Report of the Indian Hemp Drugs Commission, 1894-1895 - Volume IV
Year: 1894
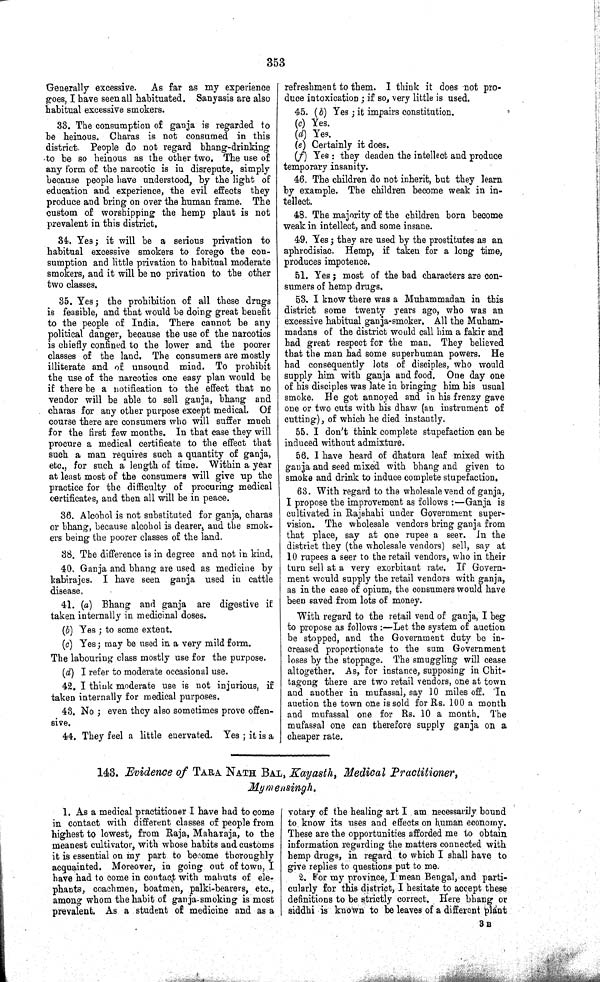
353
Generally excessive. As far as my experience
goes, I have seen all habituated. Sanyasis are also
habitual excessive smokers.
33. The consumption of ganja is regarded to
be heinous. Charas is not consumed in this
district. People do not regard bhang-drinking
to be so heinous as the other two. The use of
any form of the narcotic is in disrepute, simply
because people have understood, by the light of
education and experience, the evil effects they
produce and bring on over the human frame. The
custom of worshipping the hemp plant is not
prevalent in this district.
34. Yes; it will be a serious privation to
habitual excessive smokers to forego the con-
sumption and little privation to habitual moderate
smokers, and it will be no privation to the other
two classes.
35. Yes; the prohibition of all these drugs
is feasible, and that would be doing great benefit
to the people of India. There cannot be any
political danger, because the use of the narcotics
is chiefly confined to the lower and the poorer
classes of the land. The consumers are mostly
illiterate and of unsound mind. To prohibit
the use of the narcotics one easy plan would be
if there be a notification to the effect that no
vendor will be able to sell ganja, bhang and
charas for any other purpose except medical. Of
course there are consumers who will suffer much
for the first few months. In that case they will
procure a medical certificate to the effect that
such a man requires such a quantity of ganja,
etc., for such a length of time. Within a year
at least most of the consumers will give up the
practice for the difficulty of procuring medical
certificates, and then all will be in peace.
36. Alcohol is not substituted for ganja, charas
or bhang, because alcohol is dearer, and the smok-
ers being the poorer classes of the land.
38. The difference is in degree and not in kind.
40. Ganja and bhang are used as medicine by
kabirajes. I have seen ganja used in cattle
disease.
41. (a) Bhang and ganja are digestive if
taken internally in medicinal doses.
(b) Yes; to some extent.
(c) Yes; may be used in a very mild form.
The labouring class mostly use for the purpose.
(d) I refer to moderate occasional use.
42. I think moderate use is not injurious, if
taken internally for medical purposes.
43. No; even they also sometimes prove offen-
sive.
44. They feel a little enervated. Yes; it is a
refreshment to them. I think it does not pro-
duce intoxication; if so, very little is used.
45. (b) Yes; it impairs constitution.
(c) Yes.
(d) Yes.
(e) Certainly it does.
(f) Yes: they deaden the intellect and produce
temporary insanity.
46. The children do not inherit, but they learn
by example. The children become weak in in-
tellect.
48. The majority of the children born become
weak in intellect, and some insane.
49. Yes; they are used by the prostitutes as an
aphrodisiac. Hemp, if taken for a long time,
produces impotence.
51. Yes; most of the bad characters are con-
sumers of hemp drugs.
53. I know there was a Muhammadan in this
district some twenty years ago, who was an
excessive habitual ganja-smoker. All the Muham-
madans of the district would call him a fakir and
had great respect for the man. They believed
that the man had some superhuman powers. He
had consequently lots of disciples, who would
supply him with ganja and food. One day one
of his disciples was late in bringing him his usual
smoke. He got annoyed and in his frenzy gave
one or two cuts with his dhaw (an instrument of
cutting), of which he died instantly.
55. I don't think complete stupefaction can be
induced without admixture.
56. I have heard of dhatura leaf mixed with
ganja and seed mixed with bhang and given to
smoke and drink to induce complete stupefaction.
63. With regard to the wholesale vend of ganja,
I propose the improvement as follows:—Ganja is
cultivated in Rajshahi under Government super-
vision. The wholesale vendors bring ganja from
that place, say at one rupee a seer. In the
district they (the wholesale vendors) sell, say at
10 rupees a seer to the retail vendors, who in their
turn sell at a very exorbitant rate. If Govern-
ment would supply the retail vendors with ganja,
as in the case of opium, the consumers would have
been saved from lots of money.
With regard to the retail vend of ganja, I beg
to propose as follows:—Let the system of auction
be stopped, and the Government duty be in-
creased proportionate to the sum Government
loses by the stoppage. The smuggling will cease
altogether. As, for instance, supposing in Chit-
tagong there are two retail vendors, one at town
and another in mufassal, say 10 miles off.
In
auction the town one is sold for Rs. 100 a month
and mufassal one for Rs. 10 a month. The
mufassal one can therefore supply ganja on a
cheaper rate.
143. Evidence of TARA NATH BAL, Kayasth, Medical Practitioner,
Mymensingh.
1. As a medical practitioner I have had to come
in contact with different classes of people from
highest to lowest, from Raja, Maharaja, to the
meanest cultivator, with whose habits and customs
it is essential on my part to become thoroughly
acquainted. Moreover, in going out of town, I
have had to come in contact with mahuts of ele-
phants, coachmen, boatmen, palki-bearers, etc.,
among whom the habit of ganja-smoking is most
prevalent. As a student of medicine and as a
votary of the healing art I am necessarily bound
to know its uses and effects on human economy.
These are the opportunities afforded me to obtain
information regarding the matters connected with
hemp drugs, in regard to which I shall have to
give replies to questions put to me.
2. For my province, I mean Bengal, and parti-
cularly for this district, I hesitate to accept these
definitions to be strictly correct. Here bhang or
siddhi is known to be leaves of a different plant
3 B